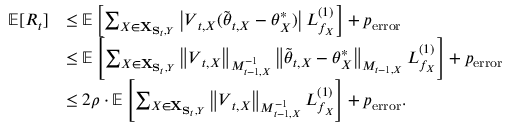
\begin{array} { r l } { \mathbb { E } [ R _ { t } ] } & { \leq \mathbb { E } \left[ \sum _ { X \in { \bf X } _ { { \bf S } _ { t } , Y } } \left| \boldsymbol { V } _ { t , X } ( \tilde { \boldsymbol { \theta } } _ { t , X } - \boldsymbol { \theta } _ { X } ^ { * } ) \right| L _ { f _ { X } } ^ { ( 1 ) } \right] + p _ { \mathrm { e r r o r } } } \\ & { \leq \mathbb { E } \left[ \sum _ { X \in { \bf X } _ { { \bf S } _ { t } , Y } } \left\| \boldsymbol { V } _ { t , X } \right\| _ { M _ { t - 1 , X } ^ { - 1 } } \left\| \tilde { \boldsymbol { \theta } } _ { t , X } - \boldsymbol { \theta } _ { X } ^ { * } \right\| _ { M _ { t - 1 , X } } L _ { f _ { X } } ^ { ( 1 ) } \right] + p _ { \mathrm { e r r o r } } } \\ & { \leq 2 \rho \cdot \mathbb { E } \left[ \sum _ { X \in { \bf X } _ { { \bf S } _ { t } , Y } } \left\| \boldsymbol { V } _ { t , X } \right\| _ { M _ { t - 1 , X } ^ { - 1 } } L _ { f _ { X } } ^ { ( 1 ) } \right] + p _ { \mathrm { e r r o r } } . } \end{array}